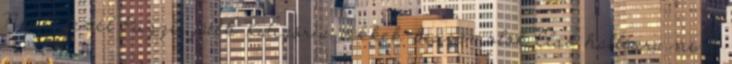
Nyílt levél Puzzle játék Kategória: cikkek-beszámolók Első hallásra nem